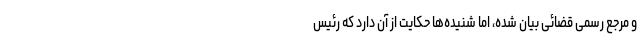
و مرجع رسمی قضائی بیان شده، اما شنیده‌ها حکایت از آن دارد که رئیس